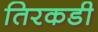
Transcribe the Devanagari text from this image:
तिरकडी